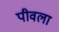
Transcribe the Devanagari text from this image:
पीवला